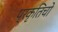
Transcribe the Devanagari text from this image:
प्रकृतिचो